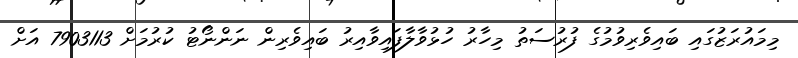
މިމައުރަޒުގައި ބައިވެރިވުމުގެ ފުރުސަތު މިހާރު ހުޅުވާލާފައިވާއިރު ބައިވެރިން ނަންނޯޓު ކުރުމަށް 7903113 އަށް